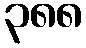
၃၈၈